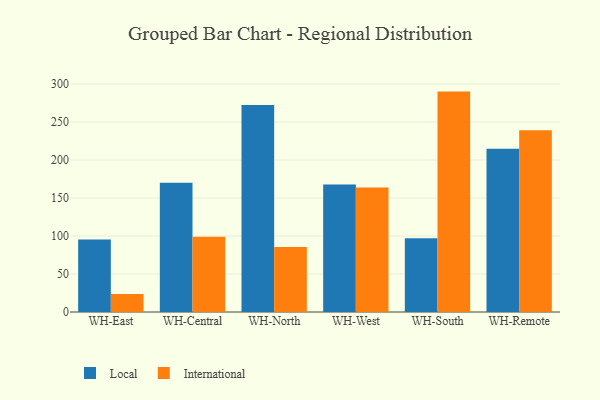
{"axis": {"x": "Warehouse", "y": "Operating Costs (USD K)"}, "legend": ["International", "Local"], "data": [{"x": "WH-East", "y": 95.4, "type": "Local"}, {"x": "WH-East", "y": 23.7, "type": "International"}, {"x": "WH-Central", "y": 170.2, "type": "Local"}, {"x": "WH-Central", "y": 99.1, "type": "International"}, {"x": "WH-North", "y": 272.6, "type": "Local"}, {"x": "WH-North", "y": 85.6, "type": "International"}, {"x": "WH-West", "y": 167.9, "type": "Local"}, {"x": "WH-West", "y": 163.9, "type": "International"}, {"x": "WH-South", "y": 97.0, "type": "Local"}, {"x": "WH-South", "y": 290.1, "type": "International"}, {"x": "WH-Remote", "y": 214.8, "type": "Local"}, {"x": "WH-Remote", "y": 239.1, "type": "International"}]}